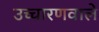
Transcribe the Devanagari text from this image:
उच्चारणवाले